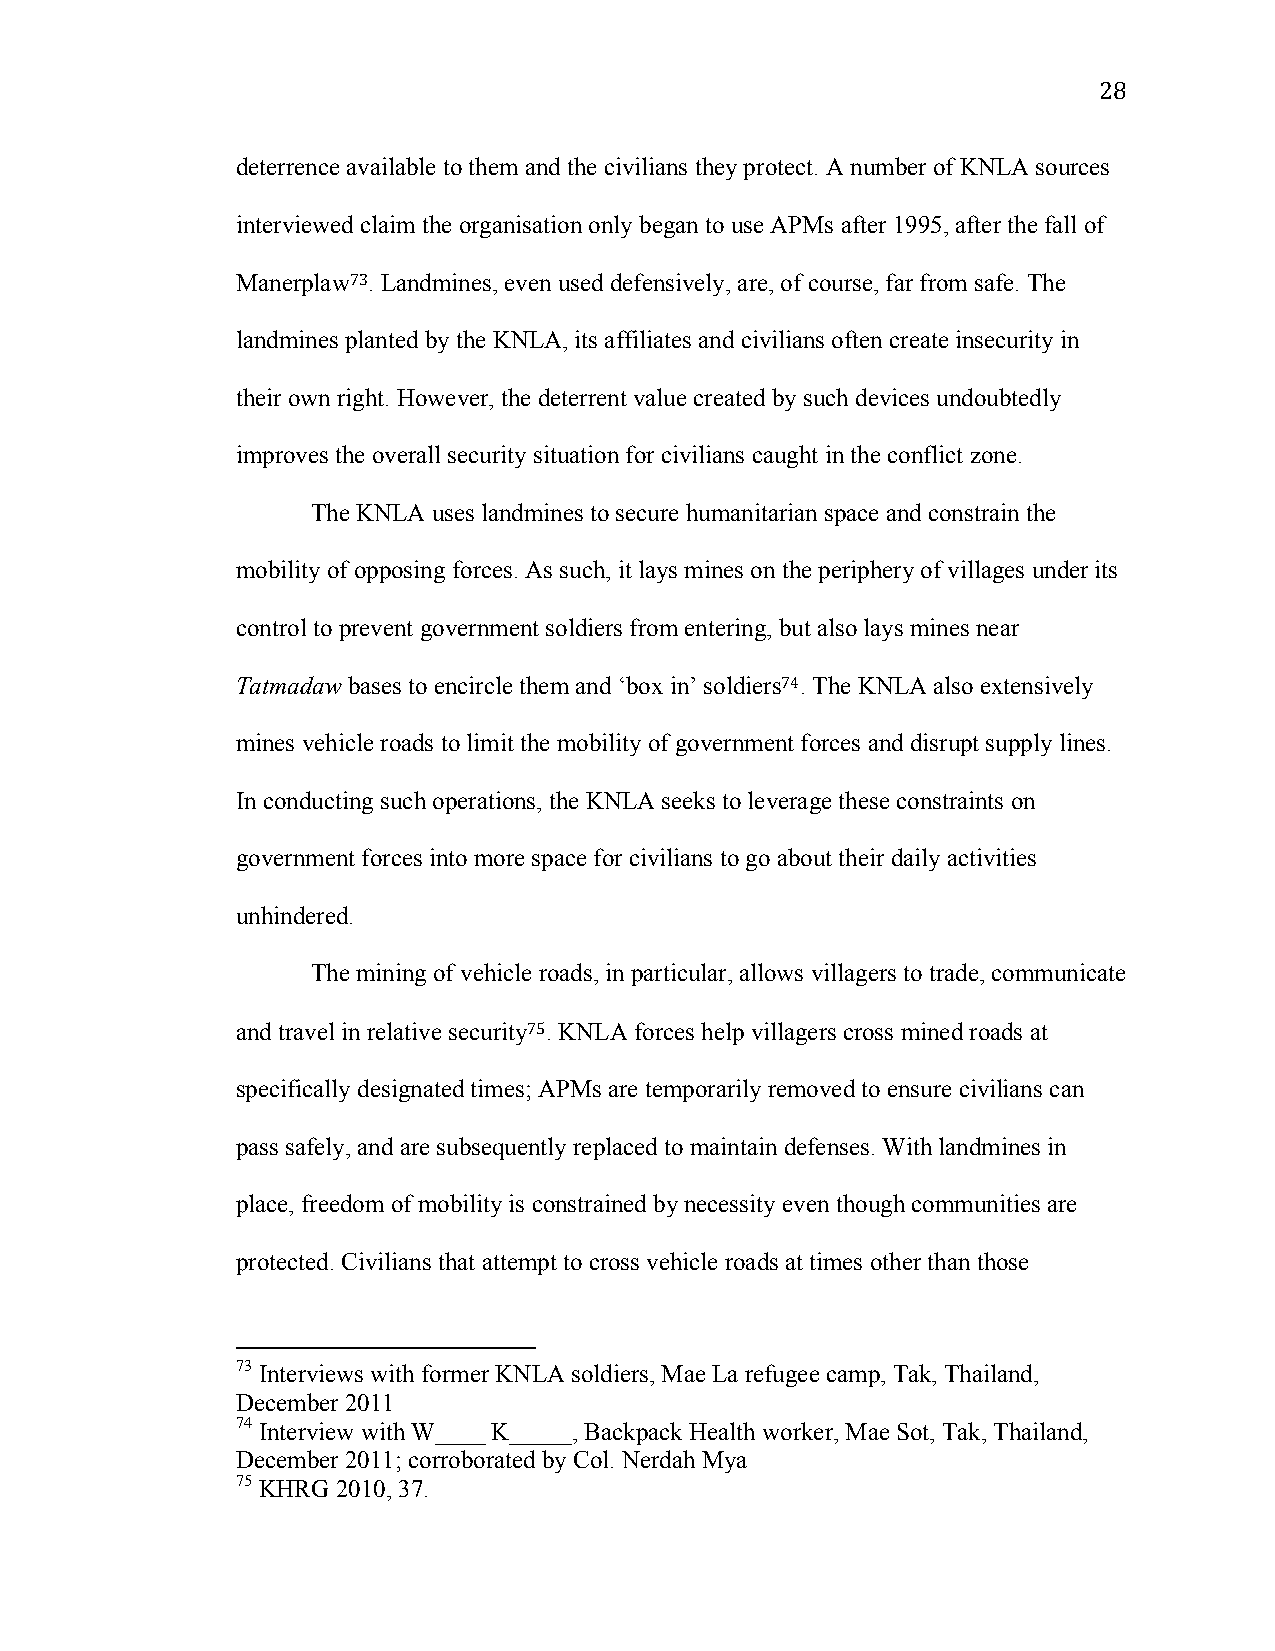
28
 deterrence available to them and the civilians they protect. A number of KNLA sources
 interviewed claim the organisation only began to use APMs after 1995, after the fall of
 Manerplaw73. Landmines, even used defensively, are, of course, far from safe. The
 landmines planted by the KNLA, its affiliates and civilians often create insecurity in
 their own right. However, the deterrent value created by such devices undoubtedly
 improves the overall security situation for civilians caught in the conflict zone.
 The KNLA uses landmines to secure humanitarian space and constrain the
 mobility of opposing forces. As such, it lays mines on the periphery of villages under its
 control to prevent government soldiers from entering, but also lays mines near
 Tatmadaw bases to encircle them and ‘box in’ soldiers74. The KNLA also extensively
 mines vehicle roads to limit the mobility of government forces and disrupt supply lines.
 In conducting such operations, the KNLA seeks to leverage these constraints on
 government forces into more space for civilians to go about their daily activities
 unhindered.
 The mining of vehicle roads, in particular, allows villagers to trade, communicate
 and travel in relative security75. KNLA forces help villagers cross mined roads at
 specifically designated times; APMs are temporarily removed to ensure civilians can
 pass safely, and are subsequently replaced to maintain defenses. With landmines in
 place, freedom of mobility is constrained by necessity even though communities are
 protected. Civilians that attempt to cross vehicle roads at times other than those
 73 Interviews with former KNLA soldiers, Mae La refugee camp, Tak, Thailand,
 December 2011
 74 Interview with W____ K_____, Backpack Health worker, Mae Sot, Tak, Thailand,
 December 2011; corroborated by Col. Nerdah Mya
 75 KHRG 2010, 37.